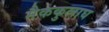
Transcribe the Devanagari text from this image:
मैककुलाघ